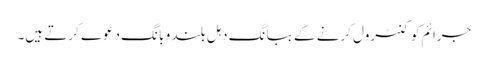
جرائم کو کنٹرول کرنے کے ببانگ دہل بلند و بانگ دعوے کرتے ہیں۔